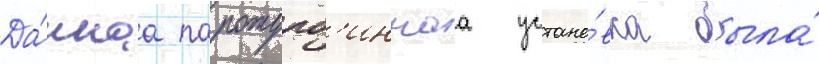
Да́ннаа паротурб'иннаа устано́вка была́